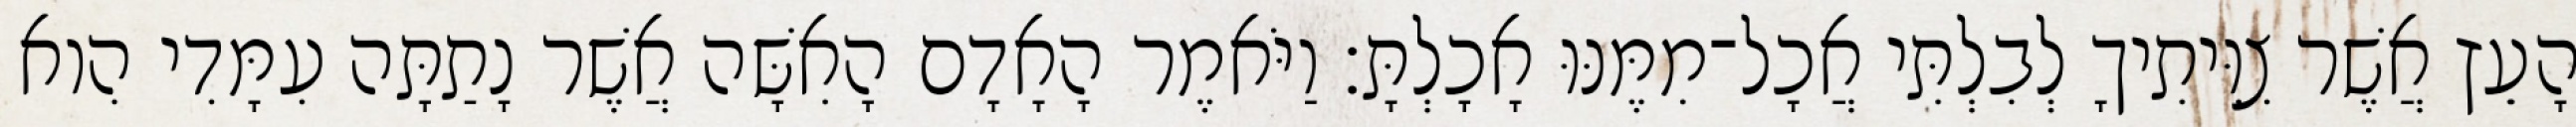
הָעֵץ אֲשֶׁר צִוִּיתִיךָ לְבִלְתִּי אֲכָל־מִמֶּנּוּ אָכָלְתָּ׃ וַיֹּאמֶר הָאָדָם הָאִשָּׁה אֲשֶׁר נָתַתָּה עִמָּדִי הִוא